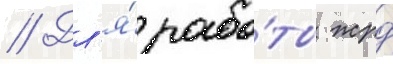
// Дл'я́ рабо́ты жрд